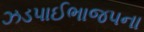
ઝડપાઈભાજપના